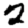
Digit: 2